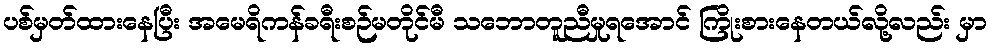
ပစ်မှတ်ထားနေပြီး အမေရိကန်ခရီးစဉ်မတိုင်မီ သဘောတူညီမှုရအောင် ကြိုးစားနေတယ်လို့လည်း မှာ